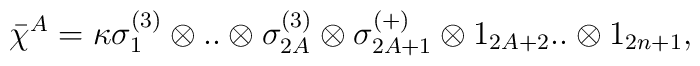
\bar\chi^A = \kappa \sigma_1^{(3)} \otimes..\otimes\sigma^{(3)}_{2A}\otimes \sigma^{(+)}_{2A+1} \otimes 1_{2A+2}..\otimes 1_{2n+1},